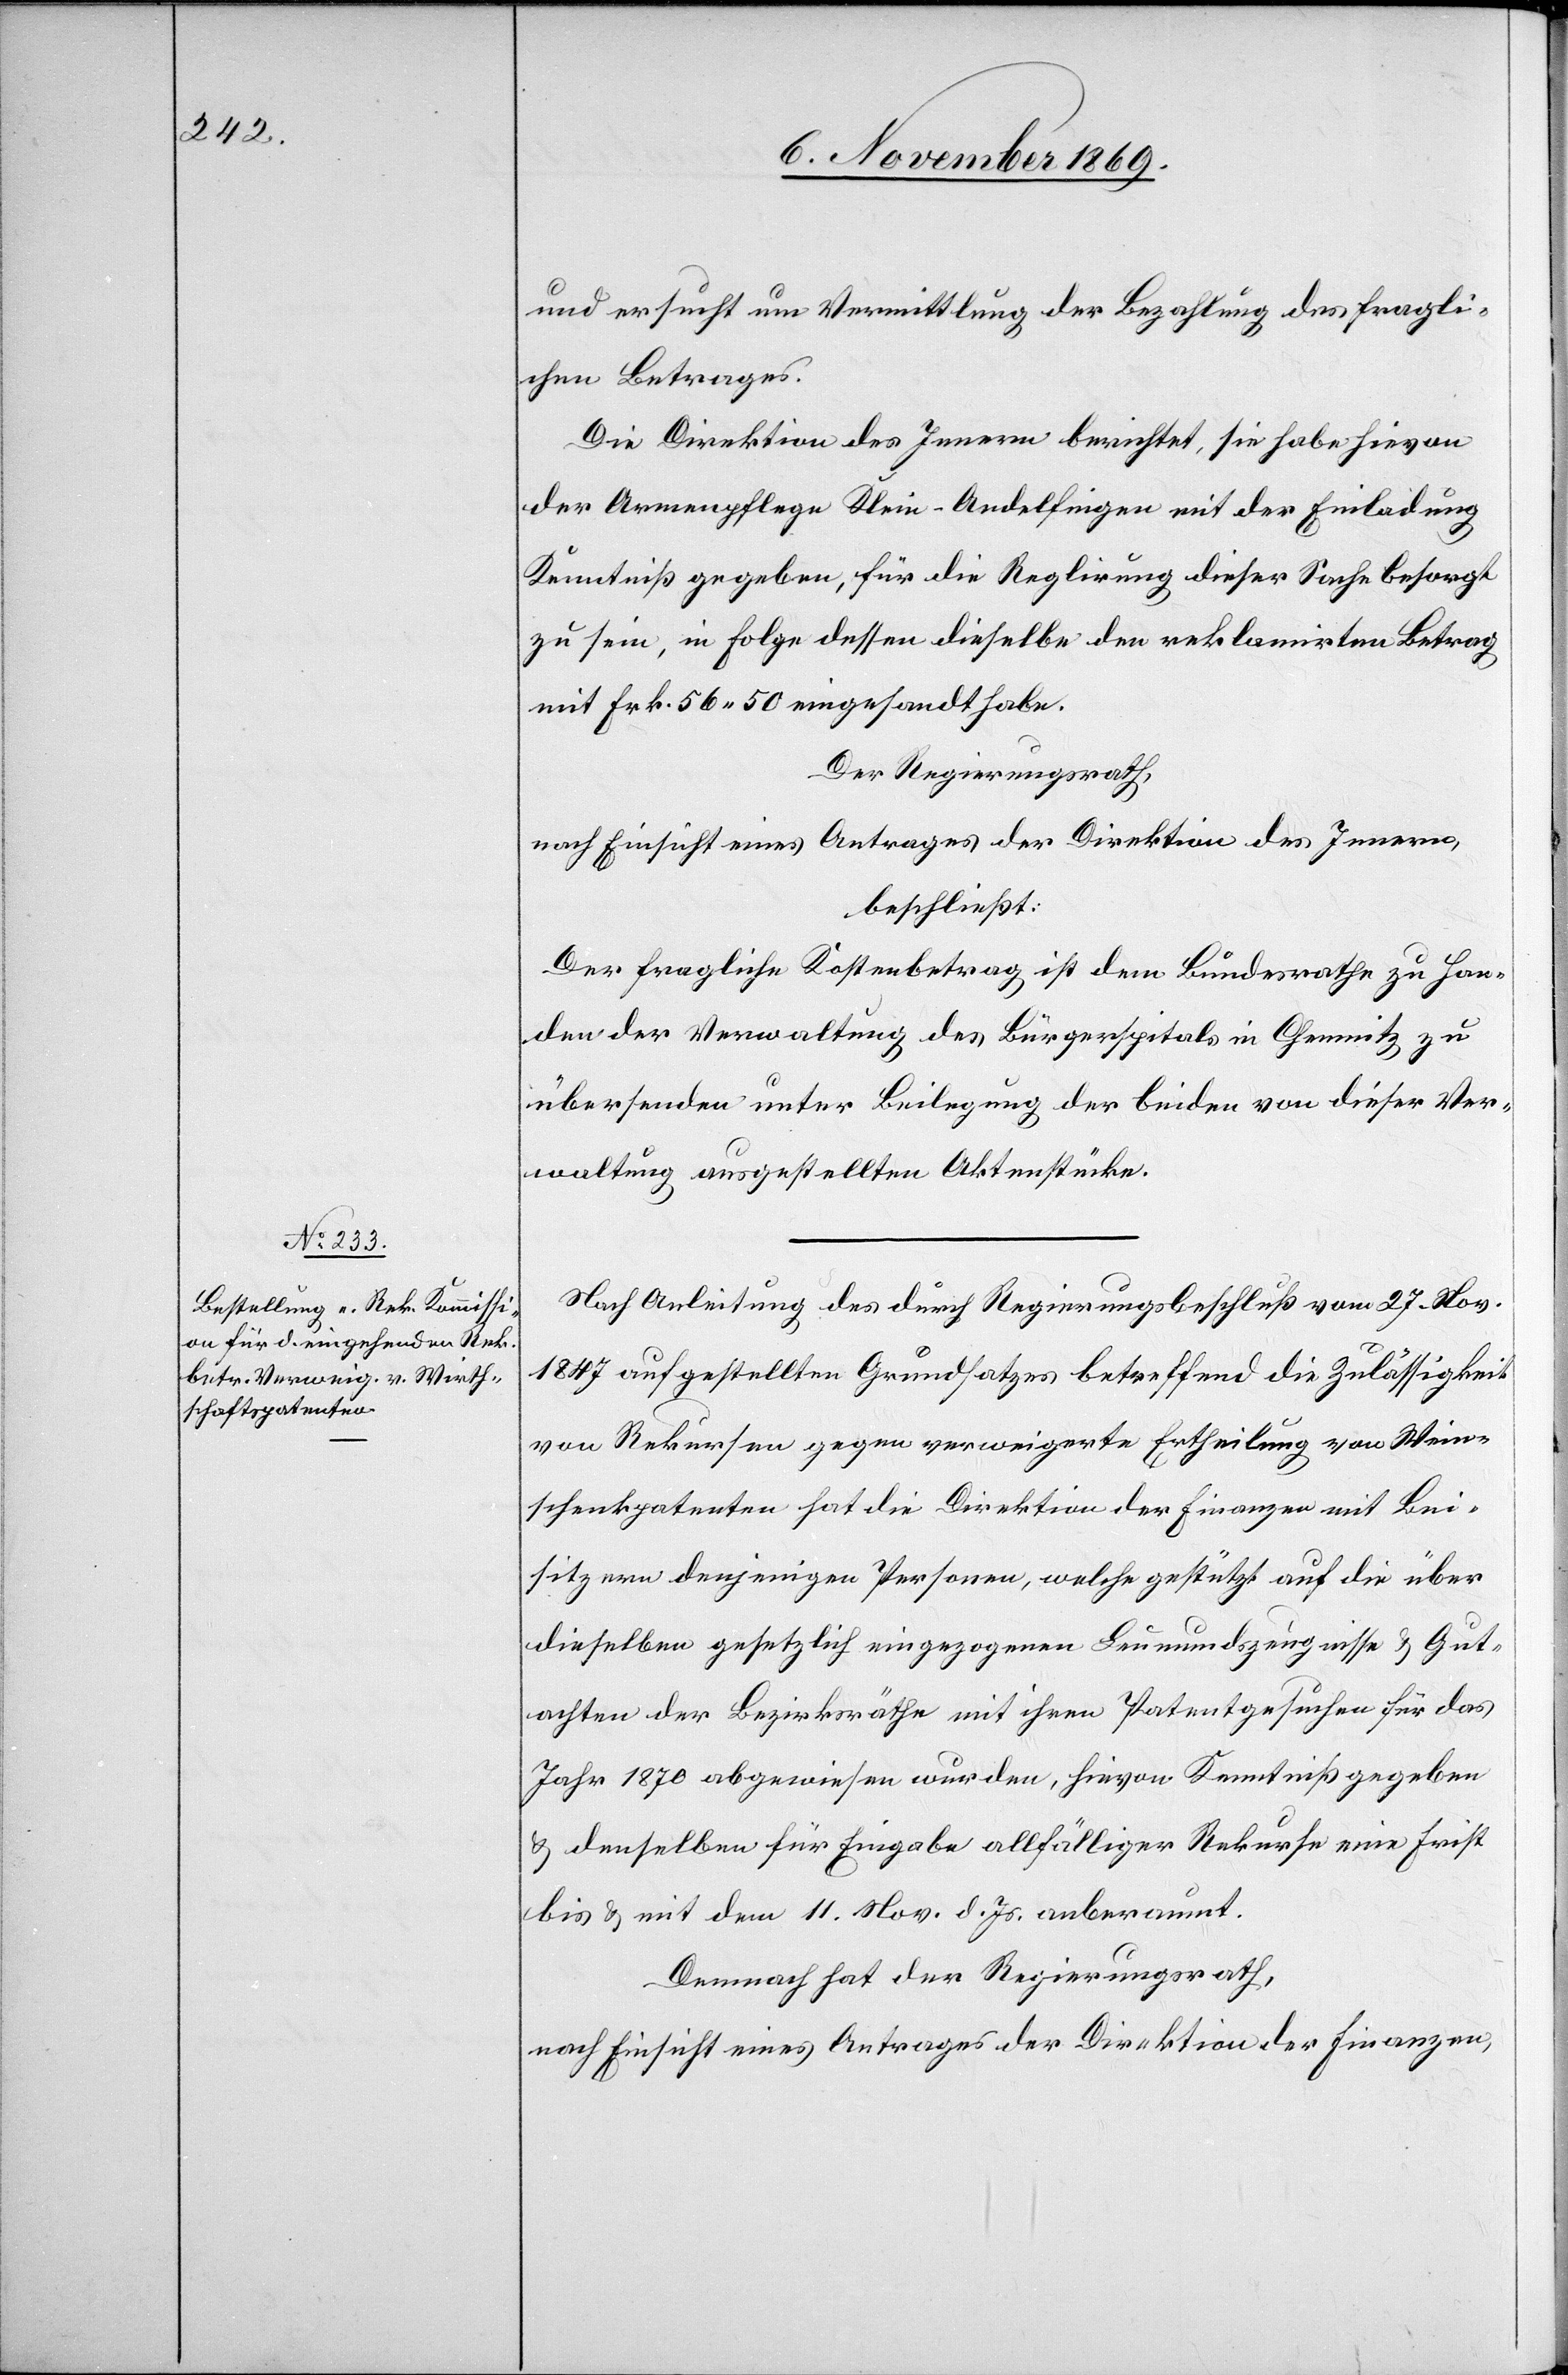
und ersucht um Vermittlung der Bezahlung des fragli¬
chen Betrages.
Die Direktion des Innern berichtet, sie habe hievon
der Armenpflege Klein-Andelfingen mit der Einladung
Kenntniß gegeben, für die Reglirung dieser Sache besorgt
zu sein, in Folge dessen dieselbe den reklamirten Betrag
mit Frk. 56.50 eingesandt habe.
Der Regierungsrath,
nach Einsicht eines Antrages der Direktion des Innern,
beschließt:
Der fragliche Kostenbetrag ist dem Bundesrathe zu Han¬
den der Verwaltung des Bürgerspitals in Chemnitz zu
übersenden unter Beilegung der beiden von dieser Ver¬
waltung ausgestellten Aktenstücke.
Nach Anleitung des durch Regierungsbeschluß vom 27. Nov.
1847 aufgestellten Grundsatzes betreffend die Zulässigkeit
von Rekursen gegen verweigerte Ertheilung von Wein¬
schenkpatenten hat die Direktion der Finanzen mit Bei¬
sitzern denjenigen Personen, welche gestützt auf die über
dieselben gesetzlich eingezogenen Leumundszeugnisse & Gut¬
achten der Bezirksräthe mit ihren Patentgesuchen für das
Jahr 1870 abgewiesen wurden, hievon Kenntniß gegeben
& denselben für Eingabe allfälliger Rekurse eine Frist
bis & mit dem 11. Nov. d. Js. anberaumt.
Demnach hat der Regierungsrath,
nach Einsicht eines Antrages der Direktion der Finanzen,